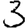
Digit: 3